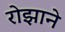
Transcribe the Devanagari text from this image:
रोझाने